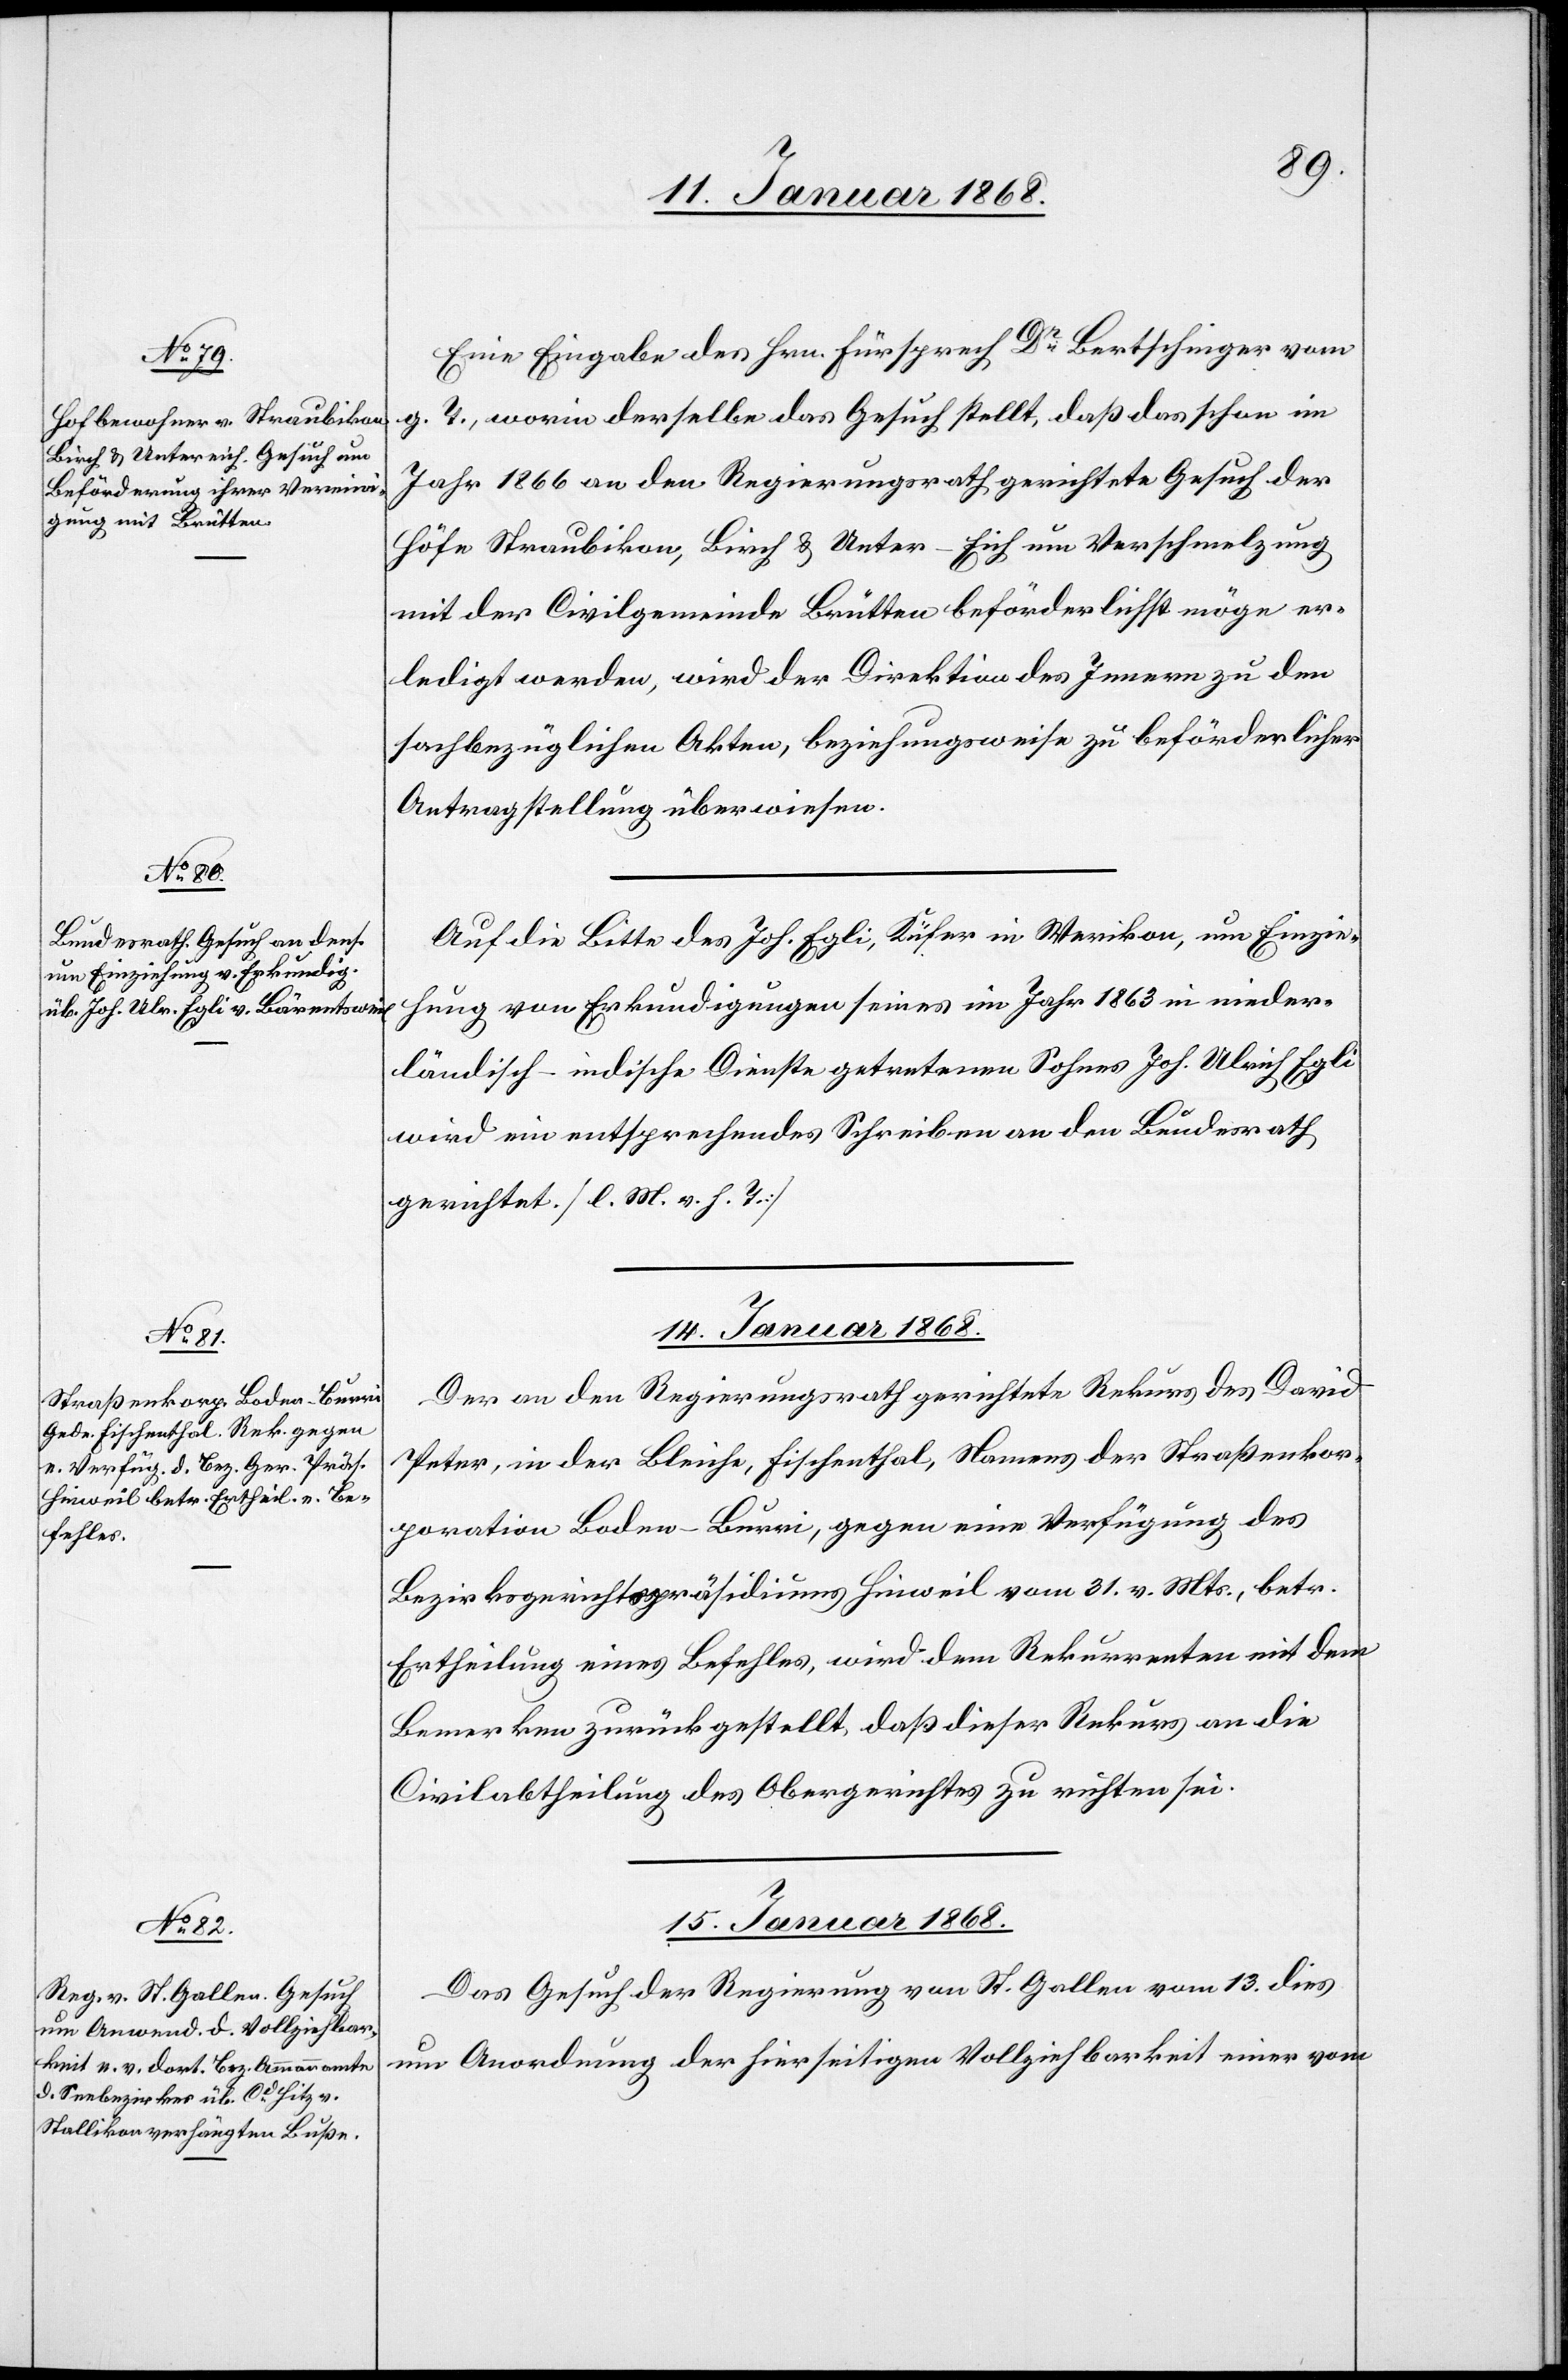
13. Januar 1868.]
Eine Eingabe des Hrn. Fürsprech Dr. Bertschinger vom
g. T., worin derselbe das Gesuch stellt, daß das schon im
Jahr 1866 an den Regierungsrath gerichtete Gesuch der
Höfe Straubikon, Birch & Unter-Eich um Verschmelzung
mit der Civilgemeinde Brütten beförderlichst möge er¬
ledigt werden, wird der Direktion des Innern zu den
sachbezüglichen Akten, beziehungsweise zu beförderlicher
Antragstellung überwiesen.
Auf die Bitte des Joh. Egli, Küfer in Werikon, um Einzie¬
hung von Erkundigungen seines im Jahr 1863 in nieder¬
ländisch-indische Dienste getretenen Sohnes Joh. Ulrich Egli
wird ein entsprechendes Schreiben an den Bundesrath
gerichtet. [l. M. v. h. T.]
14. Januar 1868.
Der an den Regierungsrath gerichtete Rekurs des David
Peter, in der Bleiche, Fischenthal, Namens der Straßenkor¬
poration Boden-Burri, gegen eine Verfügung des
Bezirksgerichtspräsidiums Hinweil vom 31. v. Mts., betr.
Ertheilung eines Befehles, wird dem Rekurrenten mit dem
Bemerken zurückgestellt, daß dieser Rekurs an die
Civilabtheilung des Obergerichtes zu richten sei.
15. Januar 1868.
Das Gesuch der Regierung von St. Gallen vom 13. dies
um Anordnung der hierseitigen Vollziehbarkeit einer vom